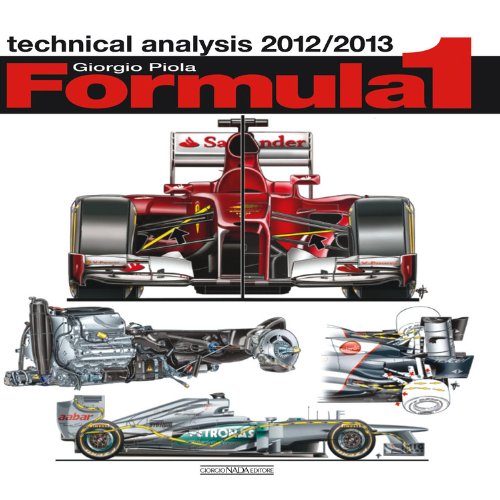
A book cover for Formula 1: Technical Analysis 2012/2013; Giorgio Piola; Business & Money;